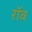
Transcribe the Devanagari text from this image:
रॉव